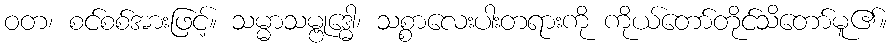
ဝတ၊ စင်စစ်အားဖြင့်။ သမ္မာသမ္ဗုဒ္ဓေါ၊ သစ္စာလေးပါးတရားကို ကိုယ်တော်တိုင်သိတော်မူ၏။